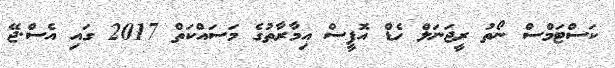
ކަސްޓަމްސް ނޯތު ރީޖަނަލް ހެޑް އޮފީސް އިމާރާތުގެ މަސައްކަތް 2017 ގައި އެސް.ޖޭ